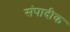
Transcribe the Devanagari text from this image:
संपादीक